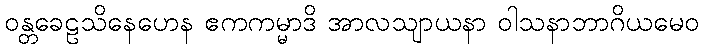
ဝန္တခေဠသိနေဟေန ဧကကမ္မာဒိ အာလသျာယနာ ဝါသနာဘာဂိယမေဝ